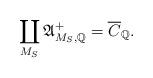
LaTeX: \begin{align*}\coprod_{M_S} \mathfrak{A}^+_{M_S, \mathbb{Q}}=\overline{C}_{\mathbb{Q}}.\end{align*}